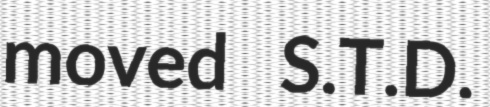
moved S.T.D.